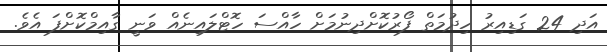
އަދި 24 ގަޑިއިރު ހިދުމަތް ފޯރުކޮށްދިނުމަށް ހާއްސަ ހޮޓްލައިނެއް ވަނީ ގާއިމްކޮށްފަ އެވެ.